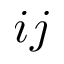
i j